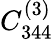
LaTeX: C_{344}^{(3)}